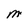
Character: M